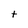
Character: t